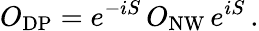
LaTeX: O_{\mathrm{DP}}=e^{-iS}\, O_{\mathrm{NW}}\, e^{iS}\, .